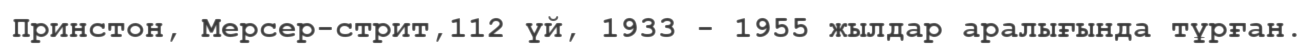
Принстон, Мерсер-стрит,112 үй, 1933 - 1955 жылдар аралығында тұрған.